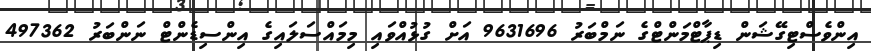
އިންވެސްޓިގޭޝަން ޑިޕާޓްމަންޓްގެ ނަމްބަރު 9631696 އަށް ގުޅުއްވައި މިމައްސަލައިގެ އިންސިޑެންޓް ނަންބަރު 497362